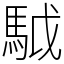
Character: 䮅